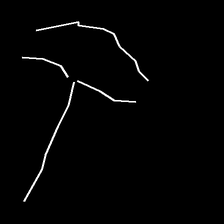
Glyph: dispersion